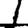
Digit: 1